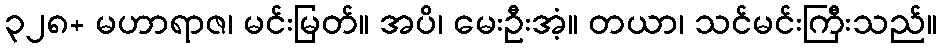
၃၂၈+ မဟာရာဇ၊ မင်းမြတ်။ အပိ၊ မေးဦးအံ့။ တယာ၊ သင်မင်းကြီးသည်။